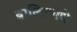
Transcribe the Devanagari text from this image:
बालिशपणे